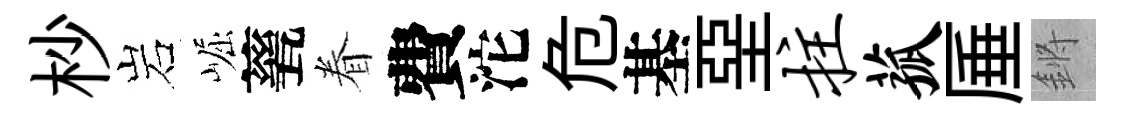
杪岩崛甆眷費沱危基堊拄菰厜鏘